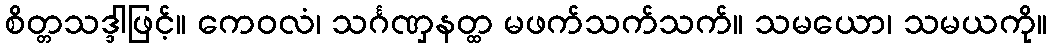
စိတ္တသဒ္ဒါဖြင့်။ ကေဝလံ၊ သင်္ဂဏှနတ္ထ မဖက်သက်သက်။ သမယော၊ သမယကို။